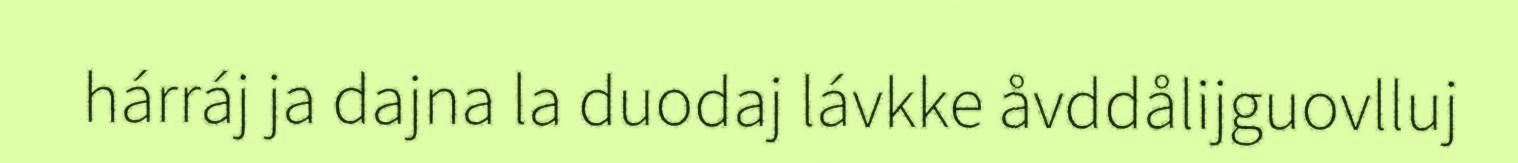
hárráj ja dajna la duodaj lávkke åvddålijguovlluj